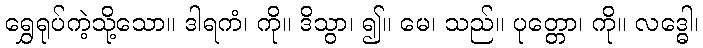
ရွှေရုပ်ကဲ့သို့သော။ ဒါရကံ၊ ကို။ ဒိသွာ၊ ၍။ မေ၊ သည်။ ပုတ္တော၊ ကို။ လဒ္ဓေါ၊